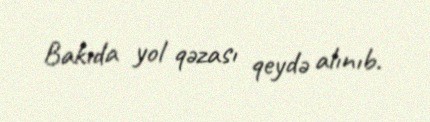
Bakıda yol qəzası qeydə alınıb.